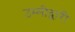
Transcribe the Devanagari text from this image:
उम्मीद्वारी